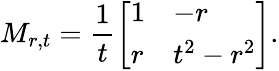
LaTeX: M_{r,t}=\frac{1}{t}\left[\begin{array}{ll}{1}&{-r}\\ {r}&{t^{2}-r^{2}}\end{array}\right].